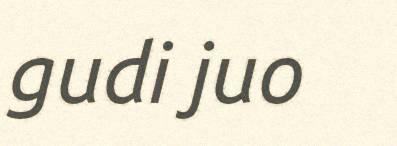
gudi juo